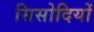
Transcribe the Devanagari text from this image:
सिसोदियों